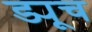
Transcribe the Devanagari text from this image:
ड्यूच